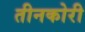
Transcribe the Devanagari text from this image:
तीनकोरी